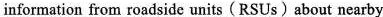
information from roadside units (RSUs)about nearby